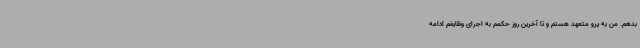
بدهم. من به پرو متعهد هستم و تا آخرین روز حکمم به اجرای وظایفم ادامه